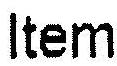
ITEM